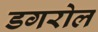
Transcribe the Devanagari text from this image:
डगरोल